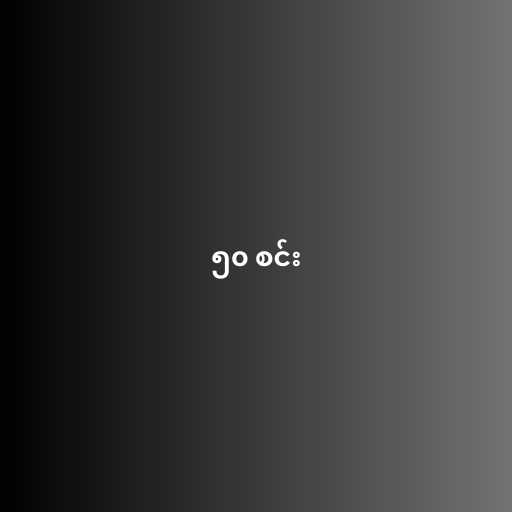
၅၀ စင်း